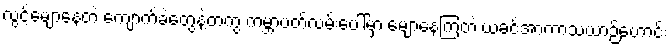
လွင့်မျောနေတဲ့ ကျောက်ခဲတွေနဲ့တကွ ကမ္ဘာပတ်လမ်းပေါ်မှာ မျောနေကြတဲ့ ယခင်အာကာသယာဉ်ဟောင်း